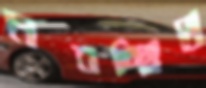
নবচ্ছিদ্র